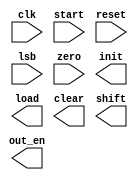
module control_unit_new(
		input clk,
		input start,
		input reset,
		input lsb,
		input zero,
		output reg init,
		output reg load,
		output reg clear,
		output reg shift,
		output out_en
);
	parameter [2:0] IDLE = 3'b000;
	parameter [2:0] S0 = 3'b001; //load
	parameter [2:0] S1 = 3'b011; 
	parameter [2:0] S2 = 3'b010; //add + A
	parameter [2:0] S3 = 3'b110;  // carry = 0
	parameter [2:0] S4 = 3'b111;// shift
	
	reg [3:0] state, next_state;
	//combinational logic
	always@(start or lsb or zero) begin
		next_state = 0;
		case(state)
			IDLE: if(start) next_state <= IDLE;
					else next_state <= S0;
			S0: next_state <= S1;
			S1: if(lsb) next_state <= S2;
				else next_state <= S3;
			S2: next_state <= S4;
			S3: if(zero) next_state <= IDLE;
				else next_state <= S1;
		endcase
	end

endmodule